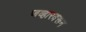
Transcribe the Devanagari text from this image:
जव्हारवरून